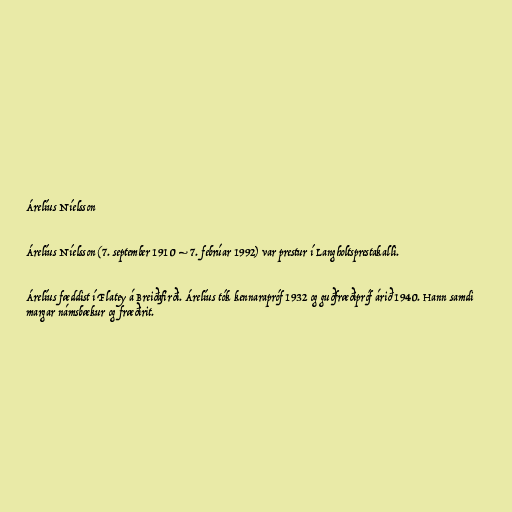
Árelíus Níelsson

Árelíus Níelsson (7. september 1910 – 7. febrúar 1992) var prestur í Langholtsprestakalli.

Árelíus fæddist í Flatey á Breiðafirði. Árelíus tók kennarapróf 1932 og guðfræðipróf árið 1940. Hann samdi
margar námsbækur og fræðirit.